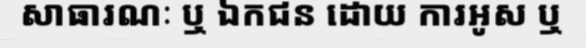
សាធារណៈ ឬ ឯកជន ដោយ ការអូស ឬ